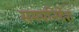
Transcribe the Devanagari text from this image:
समयनिर्देश